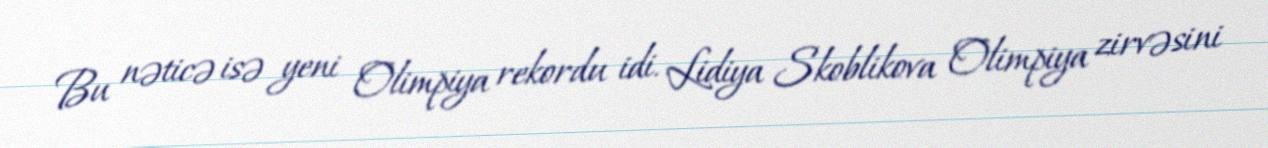
Bu nəticə isə yeni Olimpiya rekordu idi. Lidiya Skoblikova Olimpiya zirvəsini